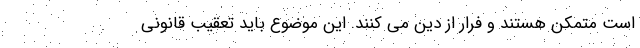
است متمکن هستند و فرار از دِین می کنند. این موضوع باید تعقیب قانونی